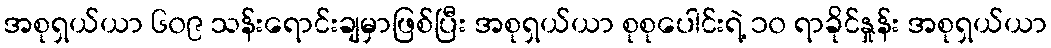
အစုရှယ်ယာ ၆၀၉ သန်းရောင်းချမှာဖြစ်ပြီး အစုရှယ်ယာ စုစုပေါင်းရဲ့ ၁၀ ရာခိုင်နှုန်း အစုရှယ်ယာ